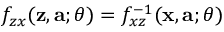
f _ { z x } ( \mathbf { z } , \mathbf { a } ; \theta ) = f _ { x z } ^ { - 1 } ( \mathbf { x } , \mathbf { a } ; \theta )